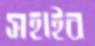
সহাইব